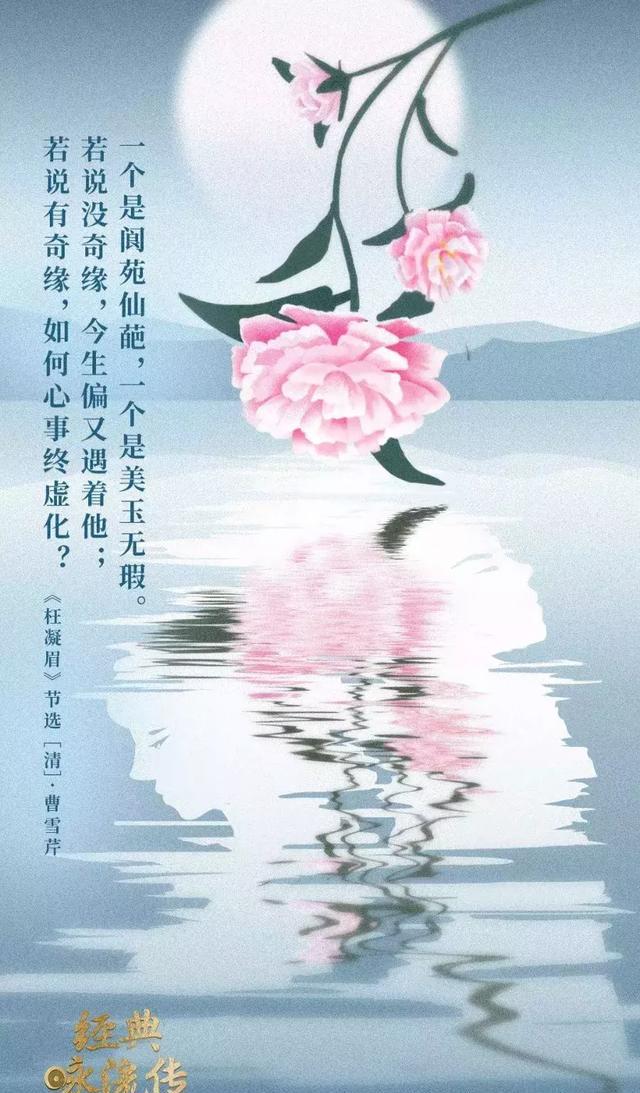
明年岂无年，心事恐蹉跎。